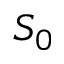
S _ { 0 }